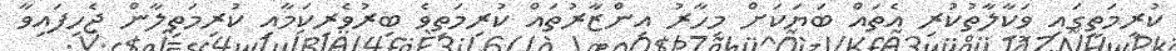
ކުރިމަތީގައި ވަކާލާތުކުރި އެތައް ބަޔަކަށް މިހާރު އިންޒާރުތައް ކުރިމަތިވެ ބިރުވެރިކަމާއި ކުރިމަތިލާން ޖެހިފައިވާ